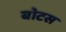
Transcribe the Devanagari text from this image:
बोटस